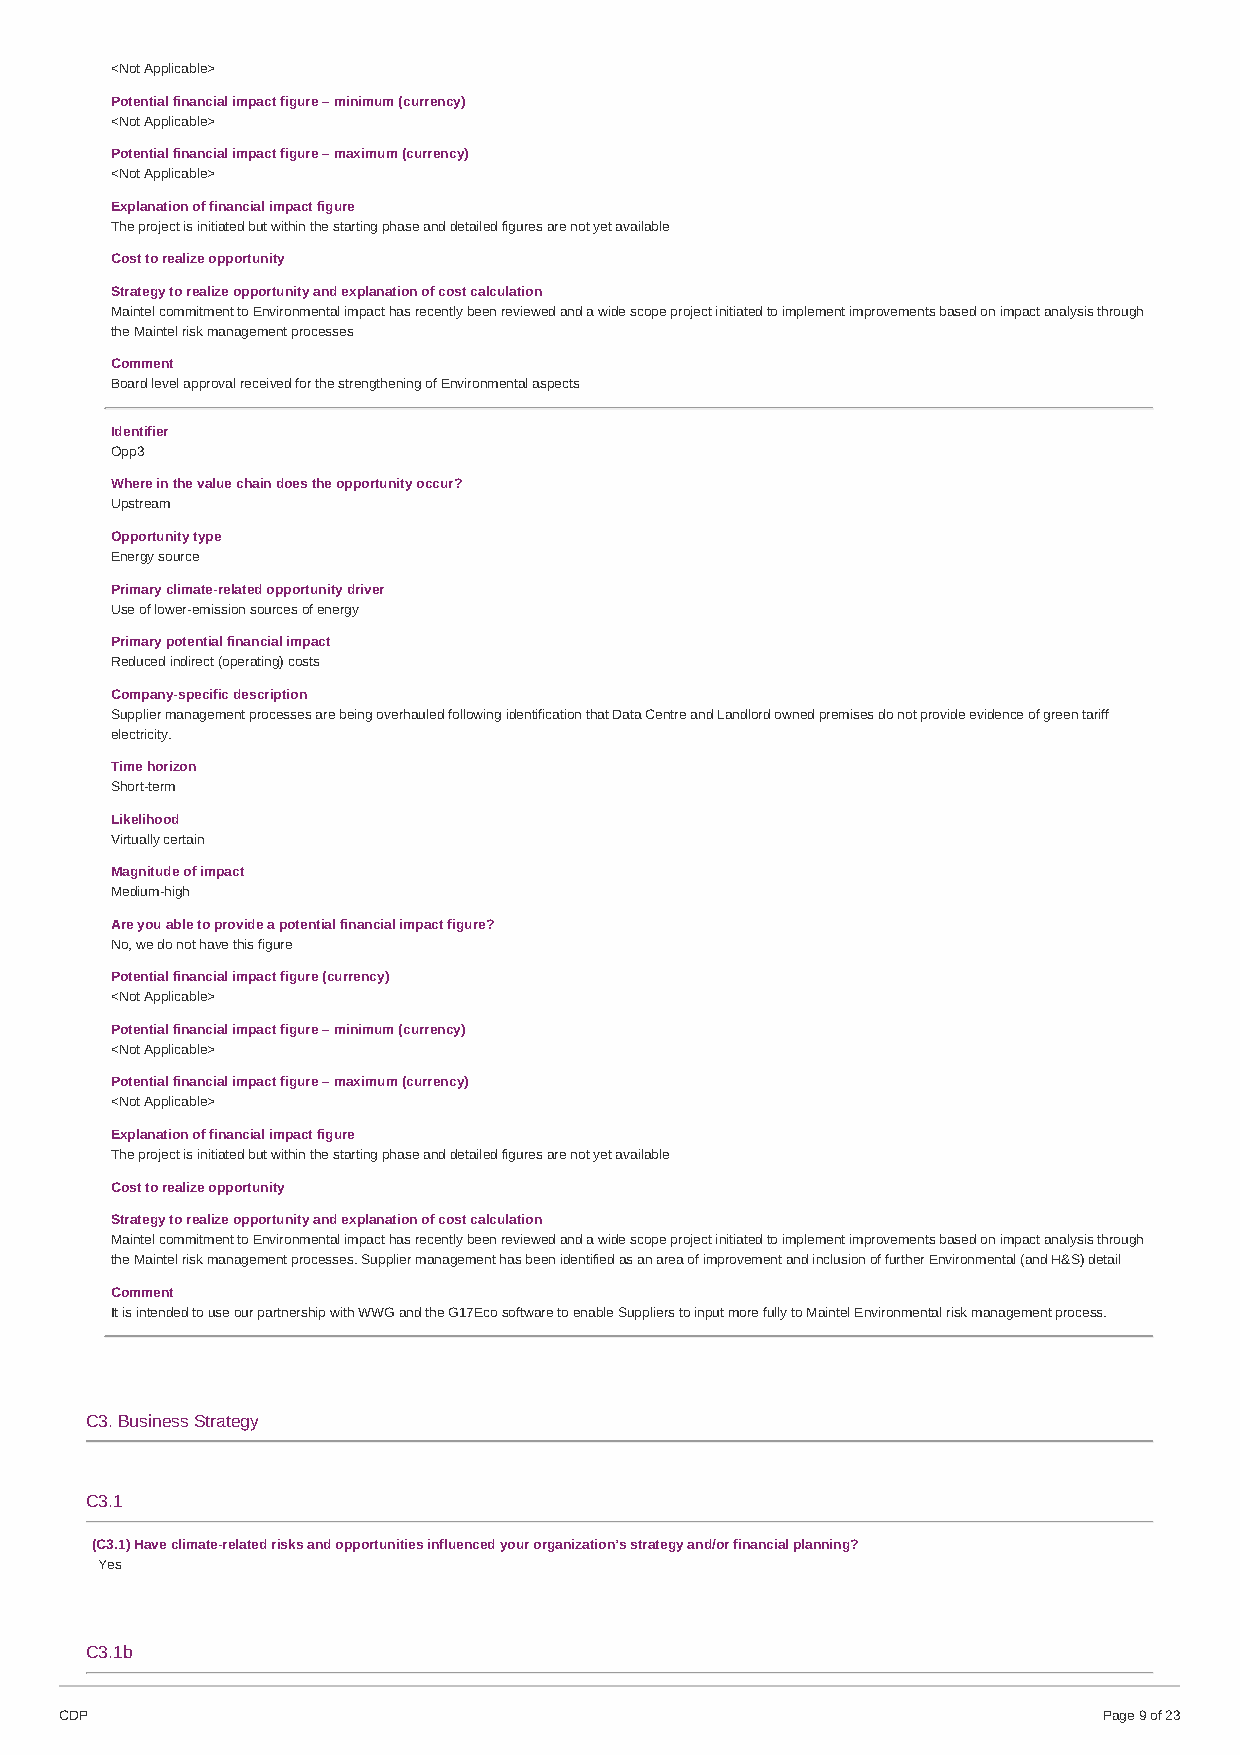
<Not Applicable>
 Potential financial impact figure – minimum (currency)
 <Not Applicable>
 Potential financial impact figure – maximum (currency)
 <Not Applicable>
 Explanation of financial impact figure
 The project is initiated but within the starting phase and detailed figures are not yet available
 Cost to realize opportunity
 Strategy to realize opportunity and explanation of cost calculation
 Maintel commitment to Environmental impact has recently been reviewed and a wide scope project initiated to implement improvements based on impact analysis through
 the Maintel risk management processes
 Comment
 Board level approval received for the strengthening of Environmental aspects
 Identifier
 Opp3
 Where in the value chain does the opportunity occur?
 Upstream
 Opportunity type
 Energy source
 Primary climate-related opportunity driver
 Use of lower-emission sources of energy
 Primary potential financial impact
 Reduced indirect (operating) costs
 Company-specific description
 Supplier management processes are being overhauled following identification that Data Centre and Landlord owned premises do not provide evidence of green tariff
 electricity.
 Time horizon
 Short-term
 Likelihood
 Virtually certain
 Magnitude of impact
 Medium-high
 Are you able to provide a potential financial impact figure?
 No, we do not have this figure
 Potential financial impact figure (currency)
 <Not Applicable>
 Potential financial impact figure – minimum (currency)
 <Not Applicable>
 Potential financial impact figure – maximum (currency)
 <Not Applicable>
 Explanation of financial impact figure
 The project is initiated but within the starting phase and detailed figures are not yet available
 Cost to realize opportunity
 Strategy to realize opportunity and explanation of cost calculation
 Maintel commitment to Environmental impact has recently been reviewed and a wide scope project initiated to implement improvements based on impact analysis through
 the Maintel risk management processes. Supplier management has been identified as an area of improvement and inclusion of further Environmental (and H&S) detail
 Comment
 It is intended to use our partnership with WWG and the G17Eco software to enable Suppliers to input more fully to Maintel Environmental risk management process.
 C3. Business Strategy
 C3.1
 (C3.1) Have climate-related risks and opportunities influenced your organization’s strategy and/or financial planning?
 Yes
 C3.1b
 CDP                                                                  Page 9 of 23